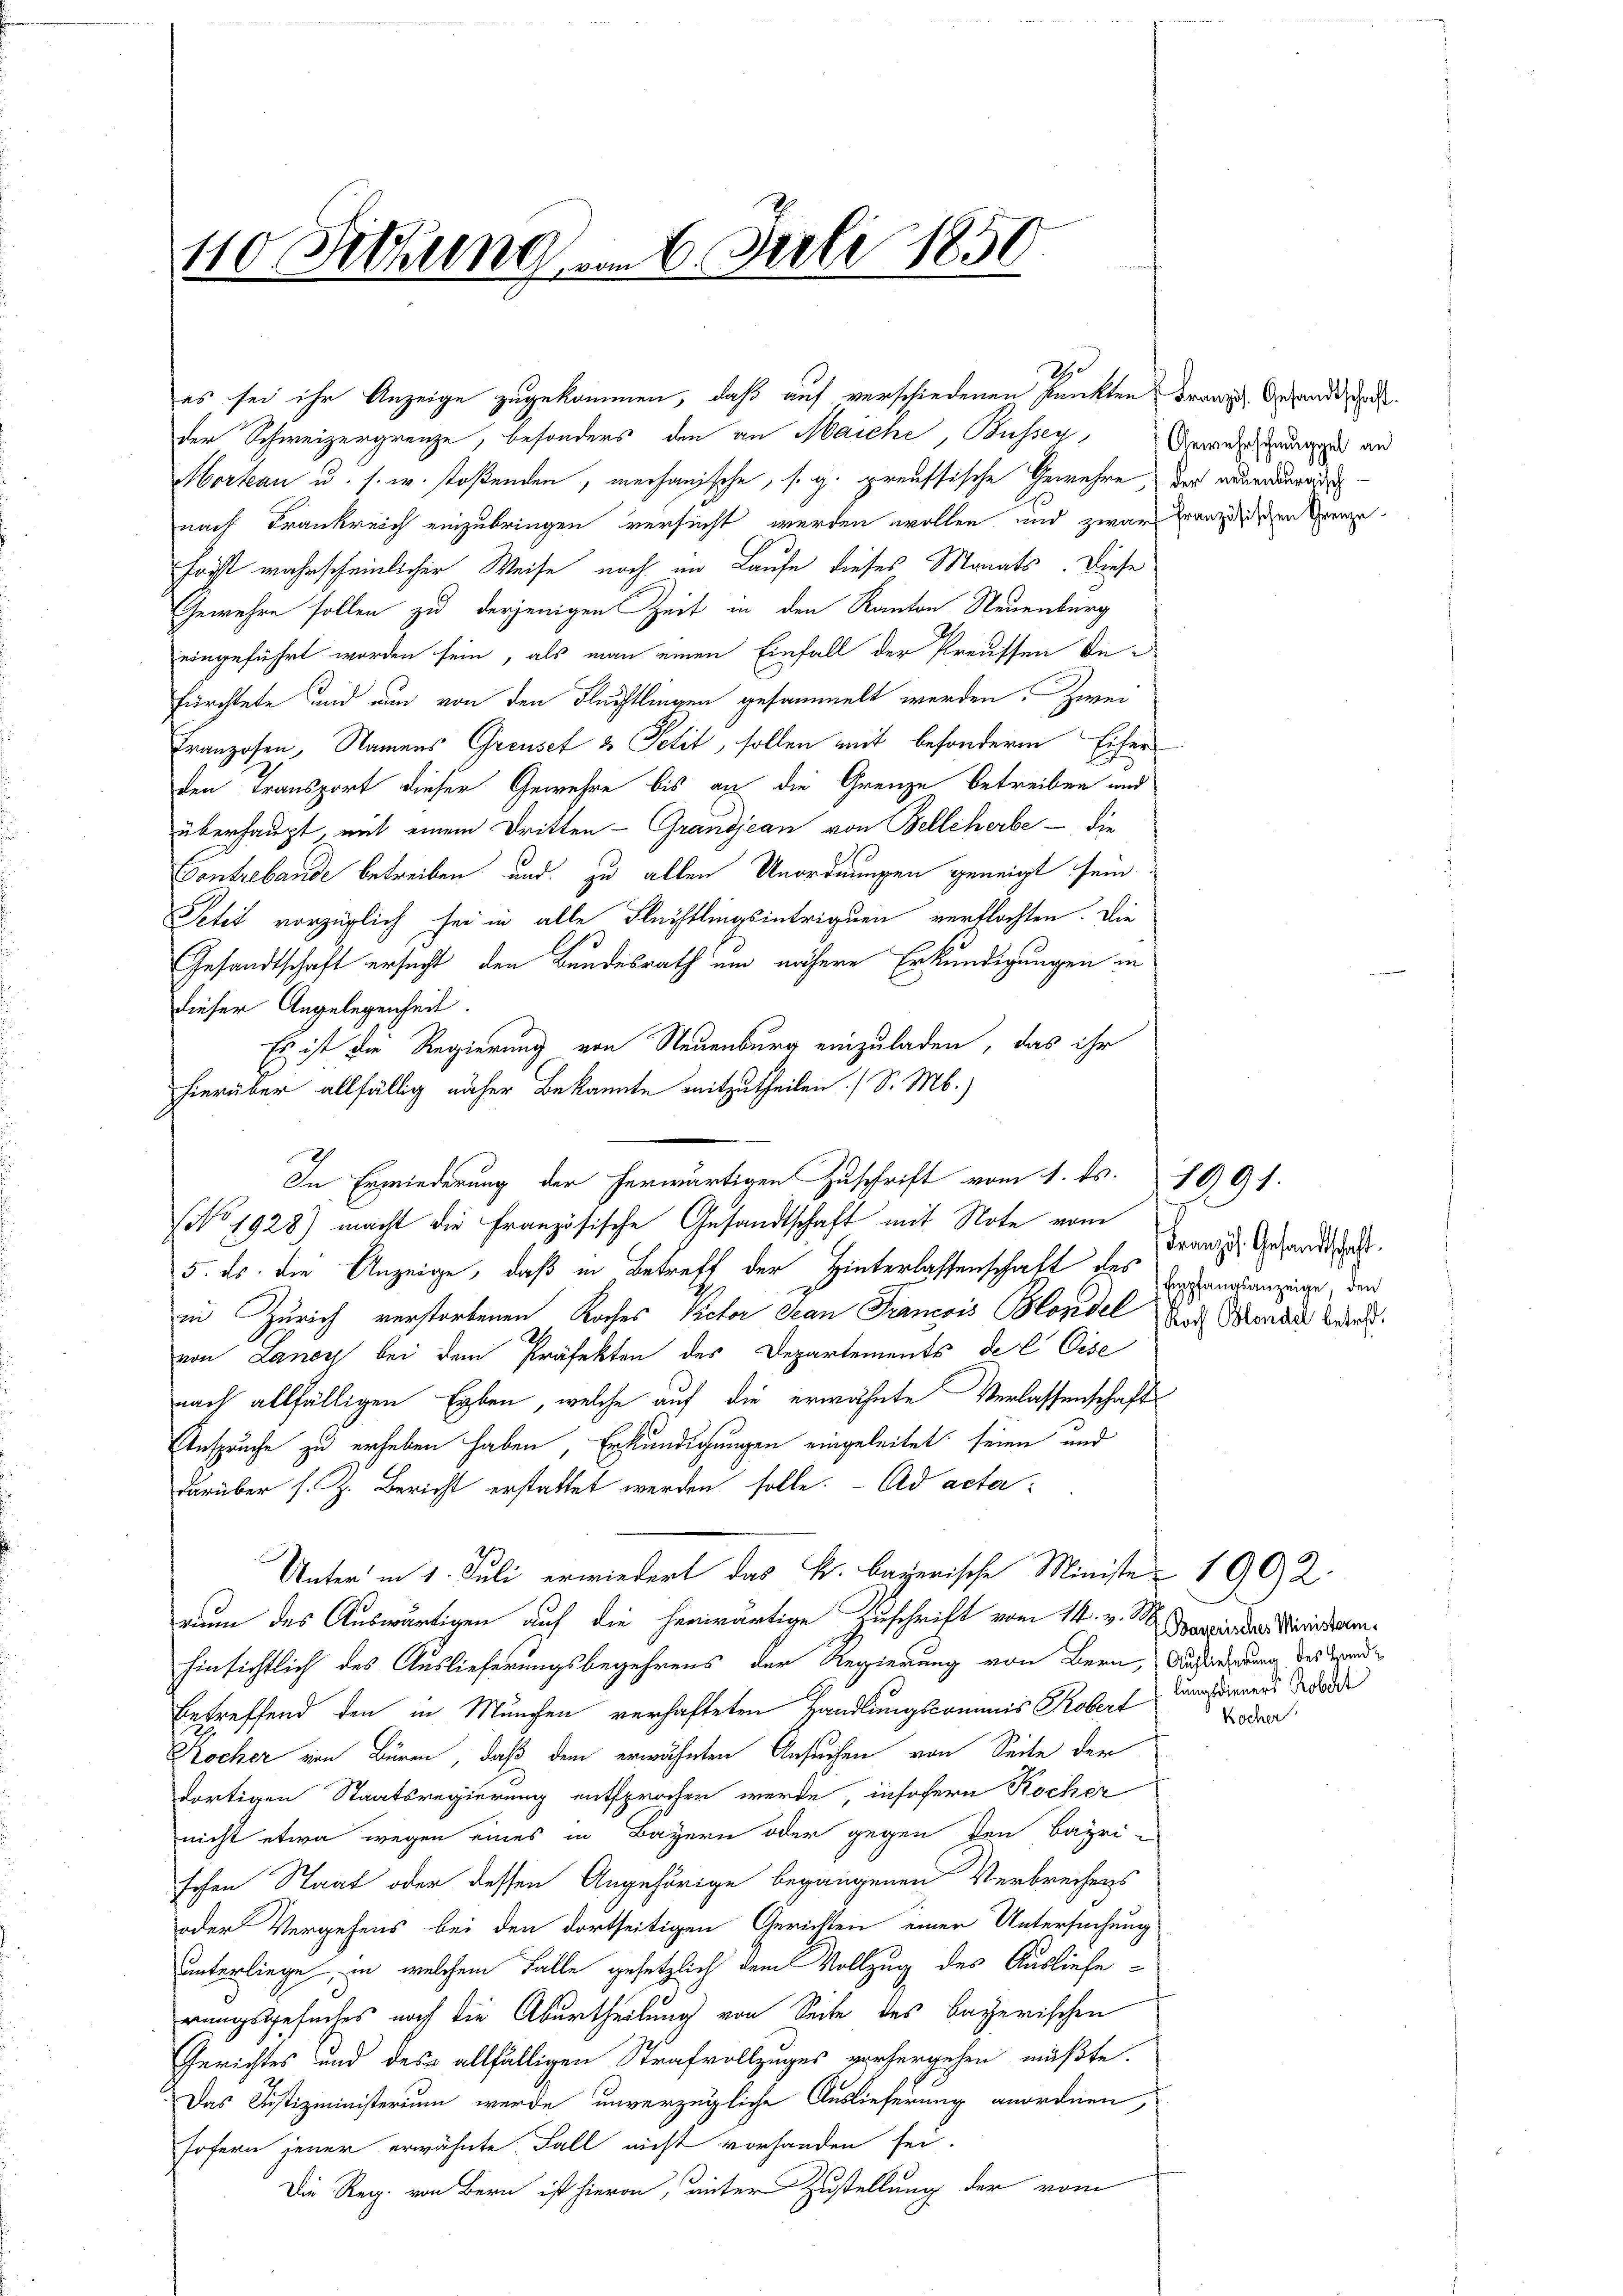
110 Setzung am 6. Juli 1850.

es sei ihr Anzeige zugekommen, daß auf verschiedenen Punkten
Mortan u. s. w. stoßenden, mechanische, s. g. preussische Gewehre
nach Frankreich einzubringen versucht werden wollen und zwar franzeidigen Grenze
Forst wahrscheinlicher Weise noch im Laufe dieses Monats. Diese
Gewehre sollen zu derjenigen Zeit in den Kanton Neuenburg
eingeführt worden sein, als man einen Einfall der Preussen befürchtete und nun von den Flüchtlingen gesammelt werden. Zwei
Franzosen, Namens Greusez & Petit, sollen mit besondere Eifer
den Transport dieser Gewehre bis an die Grenze betreiben und
überhaupt, mit einem Dritten - Grandjean von Bellcherbe - die
Contrebande betreiben und zu allen Unordnungen geneigt sein
Petit vorzüglich sei in alle Flüchtlingsintriguen verflochten. Die
Gesandtschaft ersucht, den Bundesrath um nähere Erkundigungen in
dieser Angelegenheit.
Es ist die Regierung von Neuenburg einzuladen, das ihr
hierüber allfällig näher Bekannte mitzutheilen (S. M.)
(No. 1928) macht die Französische Gesandtschaft mit Note vom
5. ds. die Anzeige, daß in Betreff der Hinterlassenschaft des
in Zürich verstorbenen Koches Victor San Francois Blondel des Bonau, Barnk
von Laney bei dem Präfekten des Departements del Eise
nach allfälligen Erben, welche auf die erwähnte Verlassenschafts
Anspruche zu erheben haben, Erkundigungen eingeleitet seinen und
darüber s. Z. Bericht erstattet werden solle. Ad acta
Unter in 1. Juli erwiedert das k. bayerische Ministe 1902.
num des Auswärtigen auf die herwärtige Zuschrift vom 14. v. M. demeindes Merisiertenhinsichtlich des Auslieferungsbegehrens der Regierung von Bern, Aufriedung des Handbetreffend den in München verhafteten Handlungscommis Robert
Rocher von Büren, daß dem erwähnten Ansuchen von Seite der
dortigen Staatsregierung entsprochen werde, insofern Kocher
nicht etwa wegen eines in Bayern oder gegen den Bayri-
schen Staat oder dessen Angehörige begangenen Verbrechens
oder Vergehens bei den dortseitigen Gerichten einer Untersuchung
unterliege, in welchem Falle gesetzlich dem Vollzug des Auslieferungsgesuches noch die Aburtheilung von Seite des bayerischen
Gerichtes und des allfälligen Strafvollzuges vorhergehen müßte.
Das Justizministerium werde unverzügliche Auslieferung anordnen,
sofern jener erwähnte Fall nicht vorhanden sei.
Die Reg. von Bern ist hievon, unter Zustellung der vom

der Schweizergrenze, besonders den an Maiche, Bussey, Gewehrungen an

In Erwiederung der herwärtigen Zuschrift vom 1. ds. 1091.

Französ. Gesandtschaft.
der neuenburgisch-

Französ. Gesandtschaft.
Empfangsanzeige, den

lungsdieners Robert
Kocher